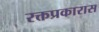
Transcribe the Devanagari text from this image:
रक्तप्रकारास